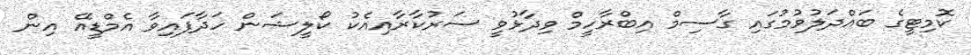
ކޮމިޓީގެ ބައްދަލުވުމުގައި ގާސިމް އިބްރާހީމް ވިދާޅުވީ ސަރުކާރާއިއެކު ކޯލީޝަން ހަދާފައިވާ އެމްޑީއޭ އިން